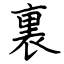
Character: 裏